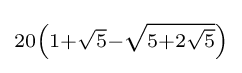
\scriptstyle 20\left(1+{\sqrt {5}}-{\sqrt {5+2{\sqrt {5}}}}\right)